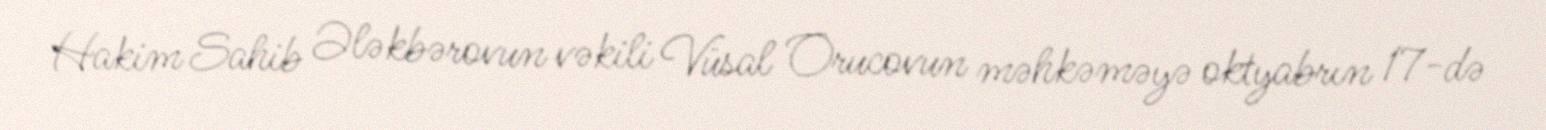
Hakim Sahib Ələkbərovun vəkili Vüsal Orucovun məhkəməyə oktyabrın 17-də